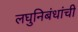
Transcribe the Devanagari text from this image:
लघुनिबंधांची